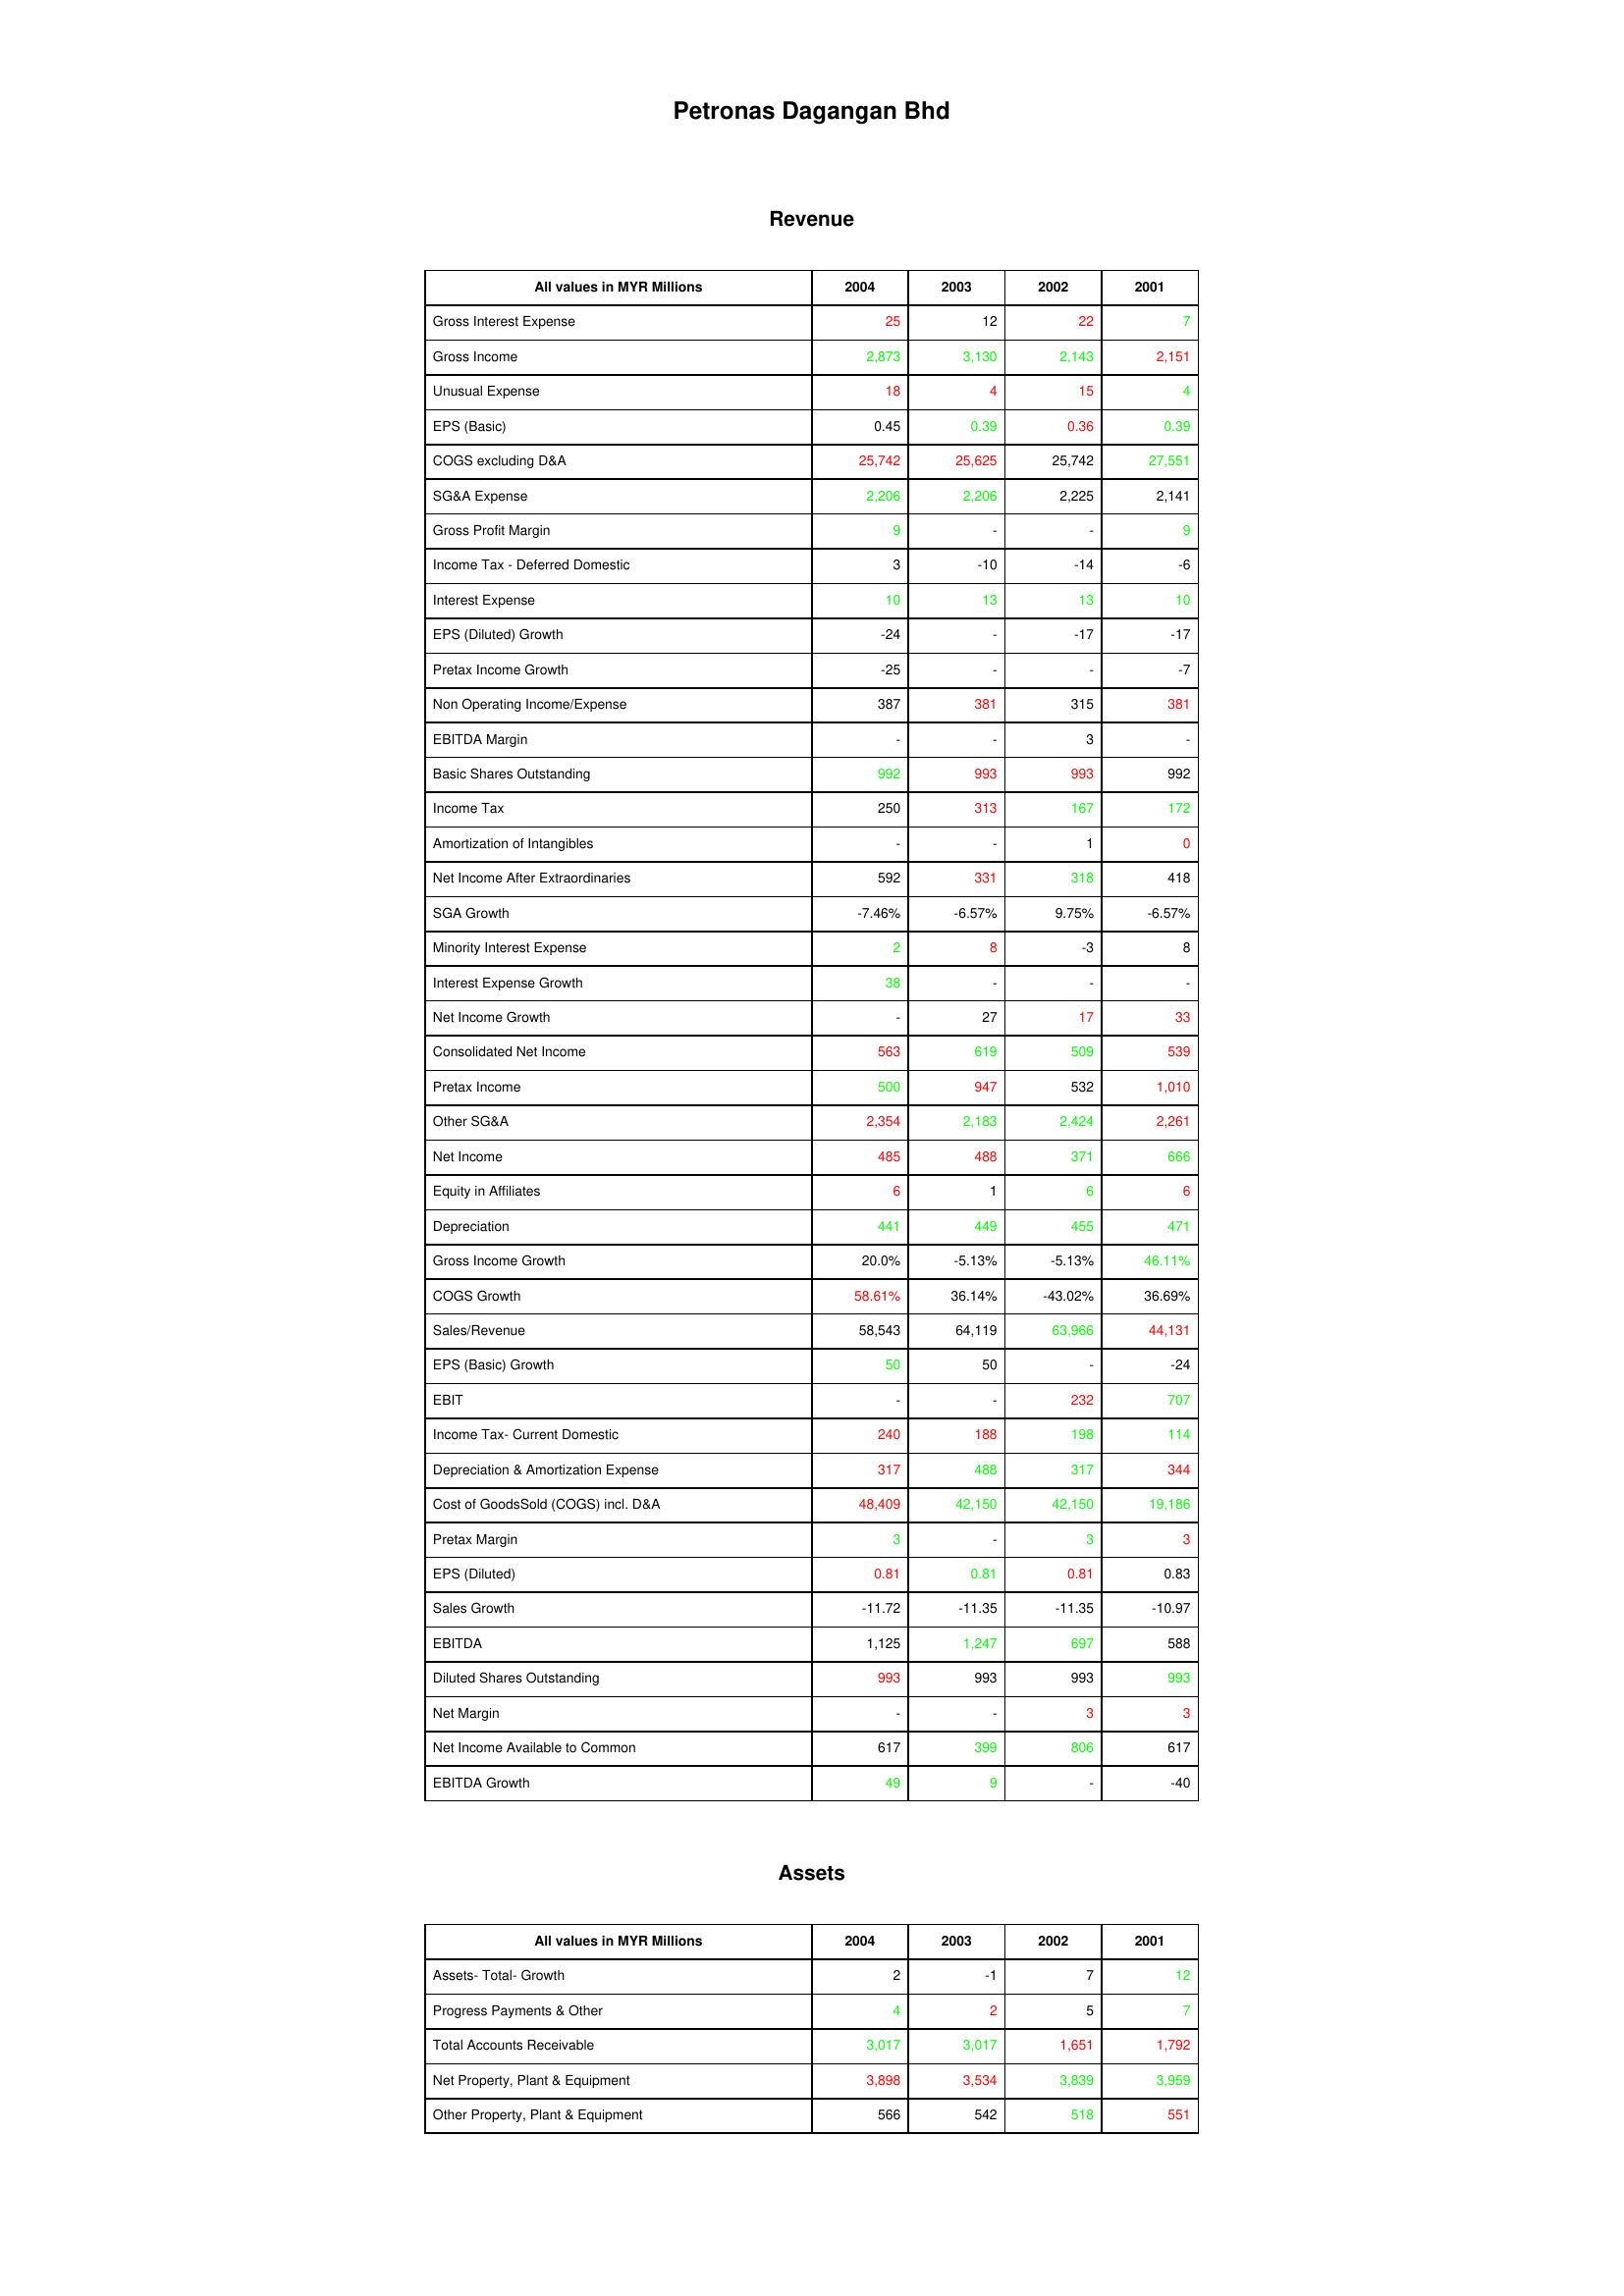
gt_parse: 2004: Revenue: Gross Interest Expense: 25
Gross Income: 2,873
Unusual Expense: 18
EPS (Basic): 0.45
COGS excluding D&A: 25,742
SG&A Expense: 2,206
Gross Profit Margin: 9
Income Tax - Deferred Domestic: 3
Interest Expense: 10
EPS (Diluted) Growth: -24
Pretax Income Growth: -25
Non Operating Income/Expense: 387
EBITDA Margin: -
Basic Shares Outstanding: 992
Income Tax: 250
Amortization of Intangibles: -
Net Income After Extraordinaries: 592
SGA Growth: -7.46%
Minority Interest Expense: 2
Interest Expense Growth: 38
Net Income Growth: -
Consolidated Net Income: 563
Pretax Income: 500
Other SG&A: 2,354
Net Income: 485
Equity in Affiliates: 6
Depreciation: 441
Gross Income Growth: 20.0%
COGS Growth: 58.61%
Sales/Revenue: 58,543
EPS (Basic) Growth: 50
EBIT: -
Income Tax- Current Domestic: 240
Depreciation & Amortization Expense: 317
Cost of GoodsSold (COGS) incl. D&A: 48,409
Pretax Margin: 3
EPS (Diluted): 0.81
Sales Growth: -11.72
EBITDA: 1,125
Diluted Shares Outstanding: 993
Net Margin: -
Net Income Available to Common: 617
EBITDA Growth: 49
Assets: Assets- Total- Growth: 2
Progress Payments & Other: 4
Total Accounts Receivable: 3,017
Net Property, Plant & Equipment: 3,898
Other Property, Plant & Equipment: 566
2003: Revenue: Gross Interest Expense: 12
Gross Income: 3,130
Unusual Expense: 4
EPS (Basic): 0.39
COGS excluding D&A: 25,625
SG&A Expense: 2,206
Gross Profit Margin: -
Income Tax - Deferred Domestic: -10
Interest Expense: 13
EPS (Diluted) Growth: -
Pretax Income Growth: -
Non Operating Income/Expense: 381
EBITDA Margin: -
Basic Shares Outstanding: 993
Income Tax: 313
Amortization of Intangibles: -
Net Income After Extraordinaries: 331
SGA Growth: -6.57%
Minority Interest Expense: 8
Interest Expense Growth: -
Net Income Growth: 27
Consolidated Net Income: 619
Pretax Income: 947
Other SG&A: 2,183
Net Income: 488
Equity in Affiliates: 1
Depreciation: 449
Gross Income Growth: -5.13%
COGS Growth: 36.14%
Sales/Revenue: 64,119
EPS (Basic) Growth: 50
EBIT: -
Income Tax- Current Domestic: 188
Depreciation & Amortization Expense: 488
Cost of GoodsSold (COGS) incl. D&A: 42,150
Pretax Margin: -
EPS (Diluted): 0.81
Sales Growth: -11.35
EBITDA: 1,247
Diluted Shares Outstanding: 993
Net Margin: -
Net Income Available to Common: 399
EBITDA Growth: 9
Assets: Assets- Total- Growth: -1
Progress Payments & Other: 2
Total Accounts Receivable: 3,017
Net Property, Plant & Equipment: 3,534
Other Property, Plant & Equipment: 542
2002: Revenue: Gross Interest Expense: 22
Gross Income: 2,143
Unusual Expense: 15
EPS (Basic): 0.36
COGS excluding D&A: 25,742
SG&A Expense: 2,225
Gross Profit Margin: -
Income Tax - Deferred Domestic: -14
Interest Expense: 13
EPS (Diluted) Growth: -17
Pretax Income Growth: -
Non Operating Income/Expense: 315
EBITDA Margin: 3
Basic Shares Outstanding: 993
Income Tax: 167
Amortization of Intangibles: 1
Net Income After Extraordinaries: 318
SGA Growth: 9.75%
Minority Interest Expense: -3
Interest Expense Growth: -
Net Income Growth: 17
Consolidated Net Income: 509
Pretax Income: 532
Other SG&A: 2,424
Net Income: 371
Equity in Affiliates: 6
Depreciation: 455
Gross Income Growth: -5.13%
COGS Growth: -43.02%
Sales/Revenue: 63,966
EPS (Basic) Growth: -
EBIT: 232
Income Tax- Current Domestic: 198
Depreciation & Amortization Expense: 317
Cost of GoodsSold (COGS) incl. D&A: 42,150
Pretax Margin: 3
EPS (Diluted): 0.81
Sales Growth: -11.35
EBITDA: 697
Diluted Shares Outstanding: 993
Net Margin: 3
Net Income Available to Common: 806
EBITDA Growth: -
Assets: Assets- Total- Growth: 7
Progress Payments & Other: 5
Total Accounts Receivable: 1,651
Net Property, Plant & Equipment: 3,839
Other Property, Plant & Equipment: 518
2001: Revenue: Gross Interest Expense: 7
Gross Income: 2,151
Unusual Expense: 4
EPS (Basic): 0.39
COGS excluding D&A: 27,551
SG&A Expense: 2,141
Gross Profit Margin: 9
Income Tax - Deferred Domestic: -6
Interest Expense: 10
EPS (Diluted) Growth: -17
Pretax Income Growth: -7
Non Operating Income/Expense: 381
EBITDA Margin: -
Basic Shares Outstanding: 992
Income Tax: 172
Amortization of Intangibles: 0
Net Income After Extraordinaries: 418
SGA Growth: -6.57%
Minority Interest Expense: 8
Interest Expense Growth: -
Net Income Growth: 33
Consolidated Net Income: 539
Pretax Income: 1,010
Other SG&A: 2,261
Net Income: 666
Equity in Affiliates: 6
Depreciation: 471
Gross Income Growth: 46.11%
COGS Growth: 36.69%
Sales/Revenue: 44,131
EPS (Basic) Growth: -24
EBIT: 707
Income Tax- Current Domestic: 114
Depreciation & Amortization Expense: 344
Cost of GoodsSold (COGS) incl. D&A: 19,186
Pretax Margin: 3
EPS (Diluted): 0.83
Sales Growth: -10.97
EBITDA: 588
Diluted Shares Outstanding: 993
Net Margin: 3
Net Income Available to Common: 617
EBITDA Growth: -40
Assets: Assets- Total- Growth: 12
Progress Payments & Other: 7
Total Accounts Receivable: 1,792
Net Property, Plant & Equipment: 3,959
Other Property, Plant & Equipment: 551